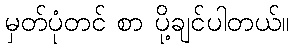
မှတ်ပုံတင် စာ ပို့ချင်ပါတယ်။